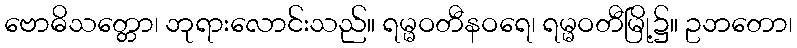
ဗောဓိသတ္တော၊ ဘုရားလောင်းသည်။ ရမ္မဝတီနဝရေ၊ ရမ္မဝတီမြို့၌။ ဥဘတော၊